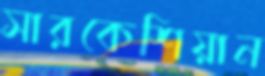
সারকেশিয়ান